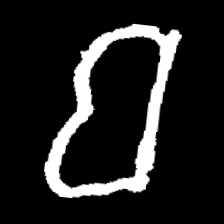
Pyu character \u2014 Myanmar letter: ဗ (romanized: ba)